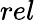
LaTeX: rel